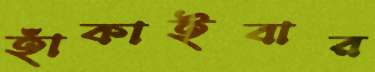
হাঁকাইবার